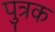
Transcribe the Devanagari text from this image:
पुत्रक